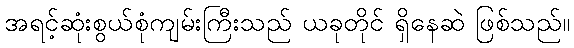
အရင့်ဆုံးစွယ်စုံကျမ်းကြီးသည် ယခုတိုင် ရှိနေဆဲ ဖြစ်သည်။